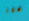
هذا